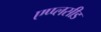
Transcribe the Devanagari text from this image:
एप्प्लसीड